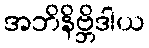
အဘိနိဗ္ဘိဒါယ